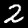
Digit: 2